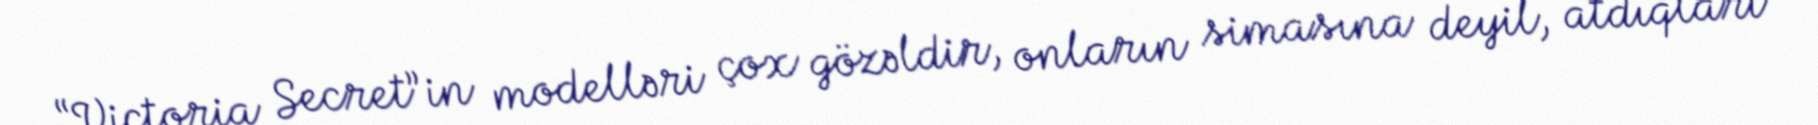
“Victoria Secret”in modelləri çox gözəldir, onların simasına deyil, atdıqları